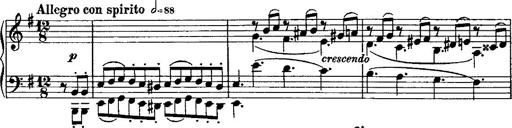
Title: Rondo di bravura
Composer: Franz Liszt